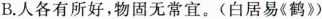
B.人各有所好，物固无常宜。(白居易《鹤》)